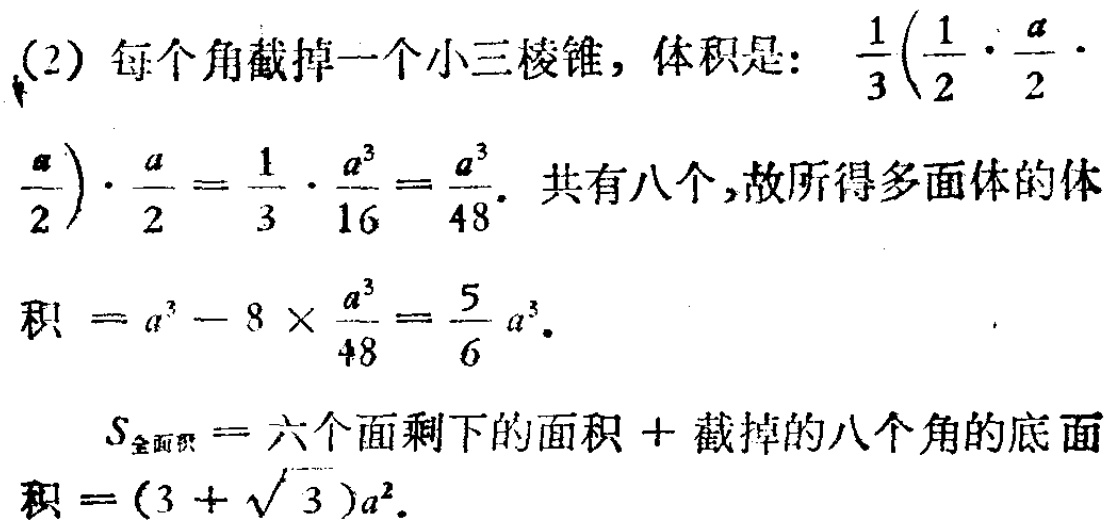
(2) 每个角截掉一个小三棱锥，体积是：$\frac{1}{3}(\frac{1}{2}\cdot\frac{a}{2}\cdot\frac{a}{2})\cdot\frac{a}{2}=\frac{1}{3}\cdot\frac{a^{3}}{16}=\frac{a^{3}}{48}$. 共有八个，故所得多面体的体

积 $= a^{3}-8\times\frac{a^{3}}{48}=\frac{5}{6}a^{3}$.

\[

S_{全面积}=六个面剩下的面积 + 截掉的八个角的底面

\]

积 $=(3 + \sqrt{3})a^{2}$.